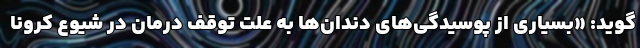
‌گوید: «بسیاری از پوسیدگی‌های دندان‌ها به علت توقف درمان در شیوع کرونا